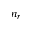
n _ { r }